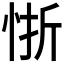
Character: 𭜻